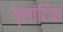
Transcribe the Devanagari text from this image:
प्लांटिक